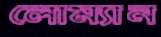
লোম্যান